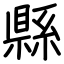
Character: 縣